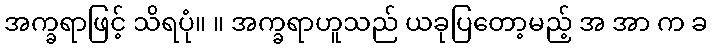
အက္ခရာဖြင့် သိရပုံ။ ။ အက္ခရာဟူသည် ယခုပြတော့မည့် အ အာ က ခ